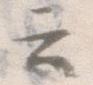
云